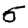
Digit: 5